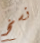
نسخ